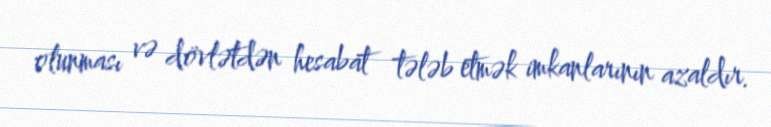
olunması və dövlətdən hesabat tələb etmək imkanlarının azaldır.